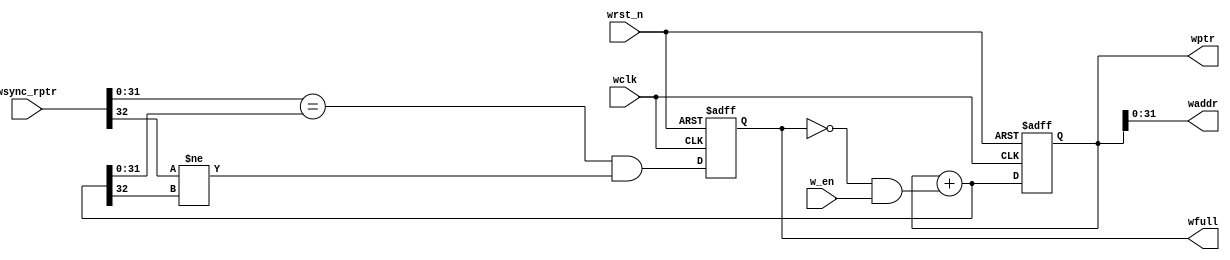
// Raj Patel
// Reference: Clifford E. Cummings, Simulation and Synthesis Techniques for Asynchronous FIFO Design
// http://www.sunburst-design.com/papers/CummingsSNUG2002SJ_FIFO1.pdf

module wptr_full #(parameter ASIZE=32)
                    (output reg wfull,
                    output reg [ASIZE-1:0] waddr,
                    output reg [ASIZE:0] wptr,
                    input [ASIZE:0] wsync_rptr,
                    input w_en, wclk, wrst_n);
    
    reg [ASIZE:0] next_wptr;
    reg next_wfull;

    always @ (posedge wclk, negedge wrst_n) begin
        if(!wrst_n) wptr <= 0;
        else        wptr <= next_wptr; 
    end

    always @ (*) begin
        next_wptr = wptr + (~wfull & w_en);
    end

    always @ (posedge wclk, negedge wrst_n) begin
        if(!wrst_n) wfull <= 0;
        else        wfull <= next_wfull;
    end

    always @(*)
        next_wfull = ((wsync_rptr[ASIZE-1:0]==next_wptr[ASIZE-1:0]) && (wsync_rptr[ASIZE]!=next_wptr[ASIZE]));

    always @ (*)
        waddr = wptr[ASIZE-1:0];


endmodule